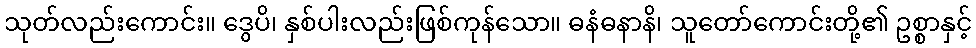
သုတ်လည်းကောင်း။ ဒွေပိ၊ နှစ်ပါးလည်းဖြစ်ကုန်သော။ ဓနံဓနာနိ၊ သူတော်ကောင်းတို့၏ ဥစ္စာနှင့်